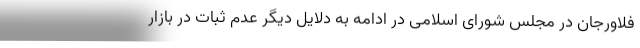
فلاورجان در مجلس شورای اسلامی در ادامه به دلایل دیگر عدم ثبات در بازار